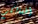
أطفالكم